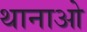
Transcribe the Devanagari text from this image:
थानाओ